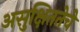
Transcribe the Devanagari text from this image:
असुक्षिततेचे